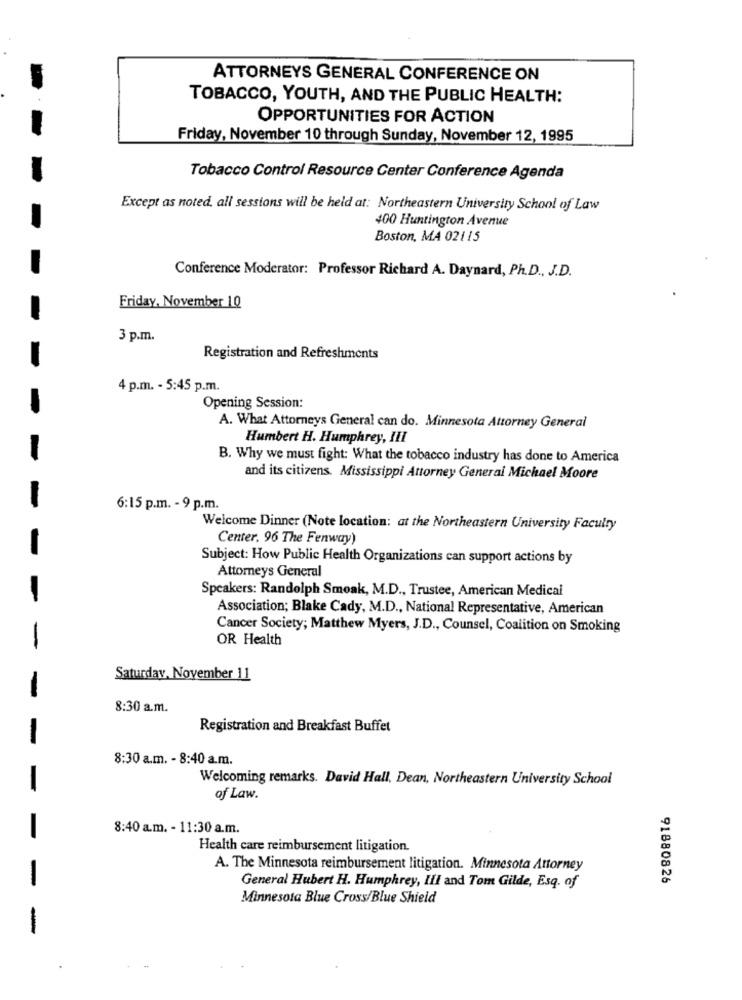
ATTORNEYS GENERAL CONFERENCE ON
TOBACCO, YOUTH, AND THE PUBLIC HEALTH:
OPPORTUNITIES FOR ACTION
Friday, November 10 through Sunday, November 12, 1995
Tobacco Control Resource Center Conference Agenda
Except as noted, all sessions will be held at: Northeastern University School of Law
400 Huntington Avenue
Boston, MA 02115
Conference Moderator: Professor Richard A. Daynard, Ph.D ., J.D.
Friday, November 10
3 p.m.
Registration and Refreshments
4 p.m. - 5:45 p.m.
Opening Session:
A. What Attorneys General can do. Minnesota Attorney General
Humbert H. Humphrey, III
B. Why we must fight: What the tobacco industry has done to America
and its citizens. Mississippi Attorney General Michael Moore
6:15 p.m. - 9 p.m.
Welcome Dinner (Note location: at the Northeastern University Faculty
Center. 96 The Fenway)
Subject: How Public Health Organizations can support actions by
Attorneys General
-
Speakers: Randolph Smoak, M.D ., Trustee, American Medical
Association; Blake Cady, M.D ., National Representative, American
Cancer Society; Matthew Myers, J.D ., Counsel, Coalition on Smoking
OR Health
-
Saturday, November 11
-
8:30 a.m.
Registration and Breakfast Buffet
8:30 a.m. - 8:40 a.m.
Welcoming remarks. David Hall, Dean, Northeastern University School
of Law.
8:40 a.m. - 11:30 a.m.
Health care reimbursement litigation.
A. The Minnesota reimbursement litigation. Minnesota Attorney
91880826
General Hubert H. Humphrey, Ill and Tom Gilde, Esq. of
Minnesota Blue Cross/Blue Shield
-